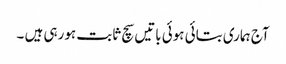
آج ہماری بتائی ہوئی باتیں سچ ثابت ہورہی ہیں ۔